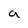
Character: a